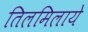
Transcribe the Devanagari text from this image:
तिलमिलाये